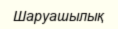
Шаруашылық